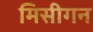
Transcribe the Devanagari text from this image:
मिसीगन